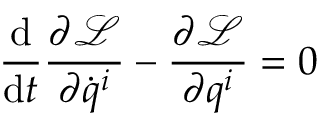
{ \frac { \mathrm { d } } { \mathrm { d } t } } { \frac { \partial { \mathcal { L } } } { \partial { \dot { q } } ^ { i } } } - { \frac { \partial { \mathcal { L } } } { \partial q ^ { i } } } = 0